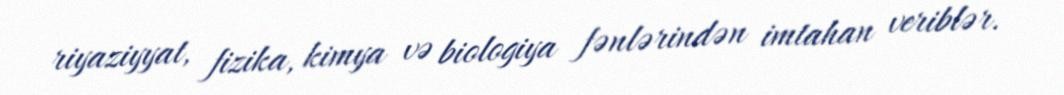
riyaziyyat, fizika, kimya və biologiya fənlərindən imtahan veriblər.